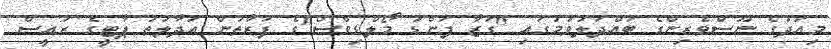
މިއަދުގެ ނޫސްވެރިންގެ ބައްދަލުވުމުގައި "ގަޒާ ފަންޑު މޯލްޑިވްސް"ގެ ފަރާތުން އަދާލަތު ޕާޓީގެ ރައީސް